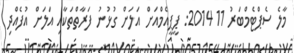
މާލެ ސެޕްޓެމްބަރު 11 2014: ޕީޕީއެމްއަށް އަލަށް ގުޅުނު ފަރާތްތަކާއި އަލަށް އުފެއްދި